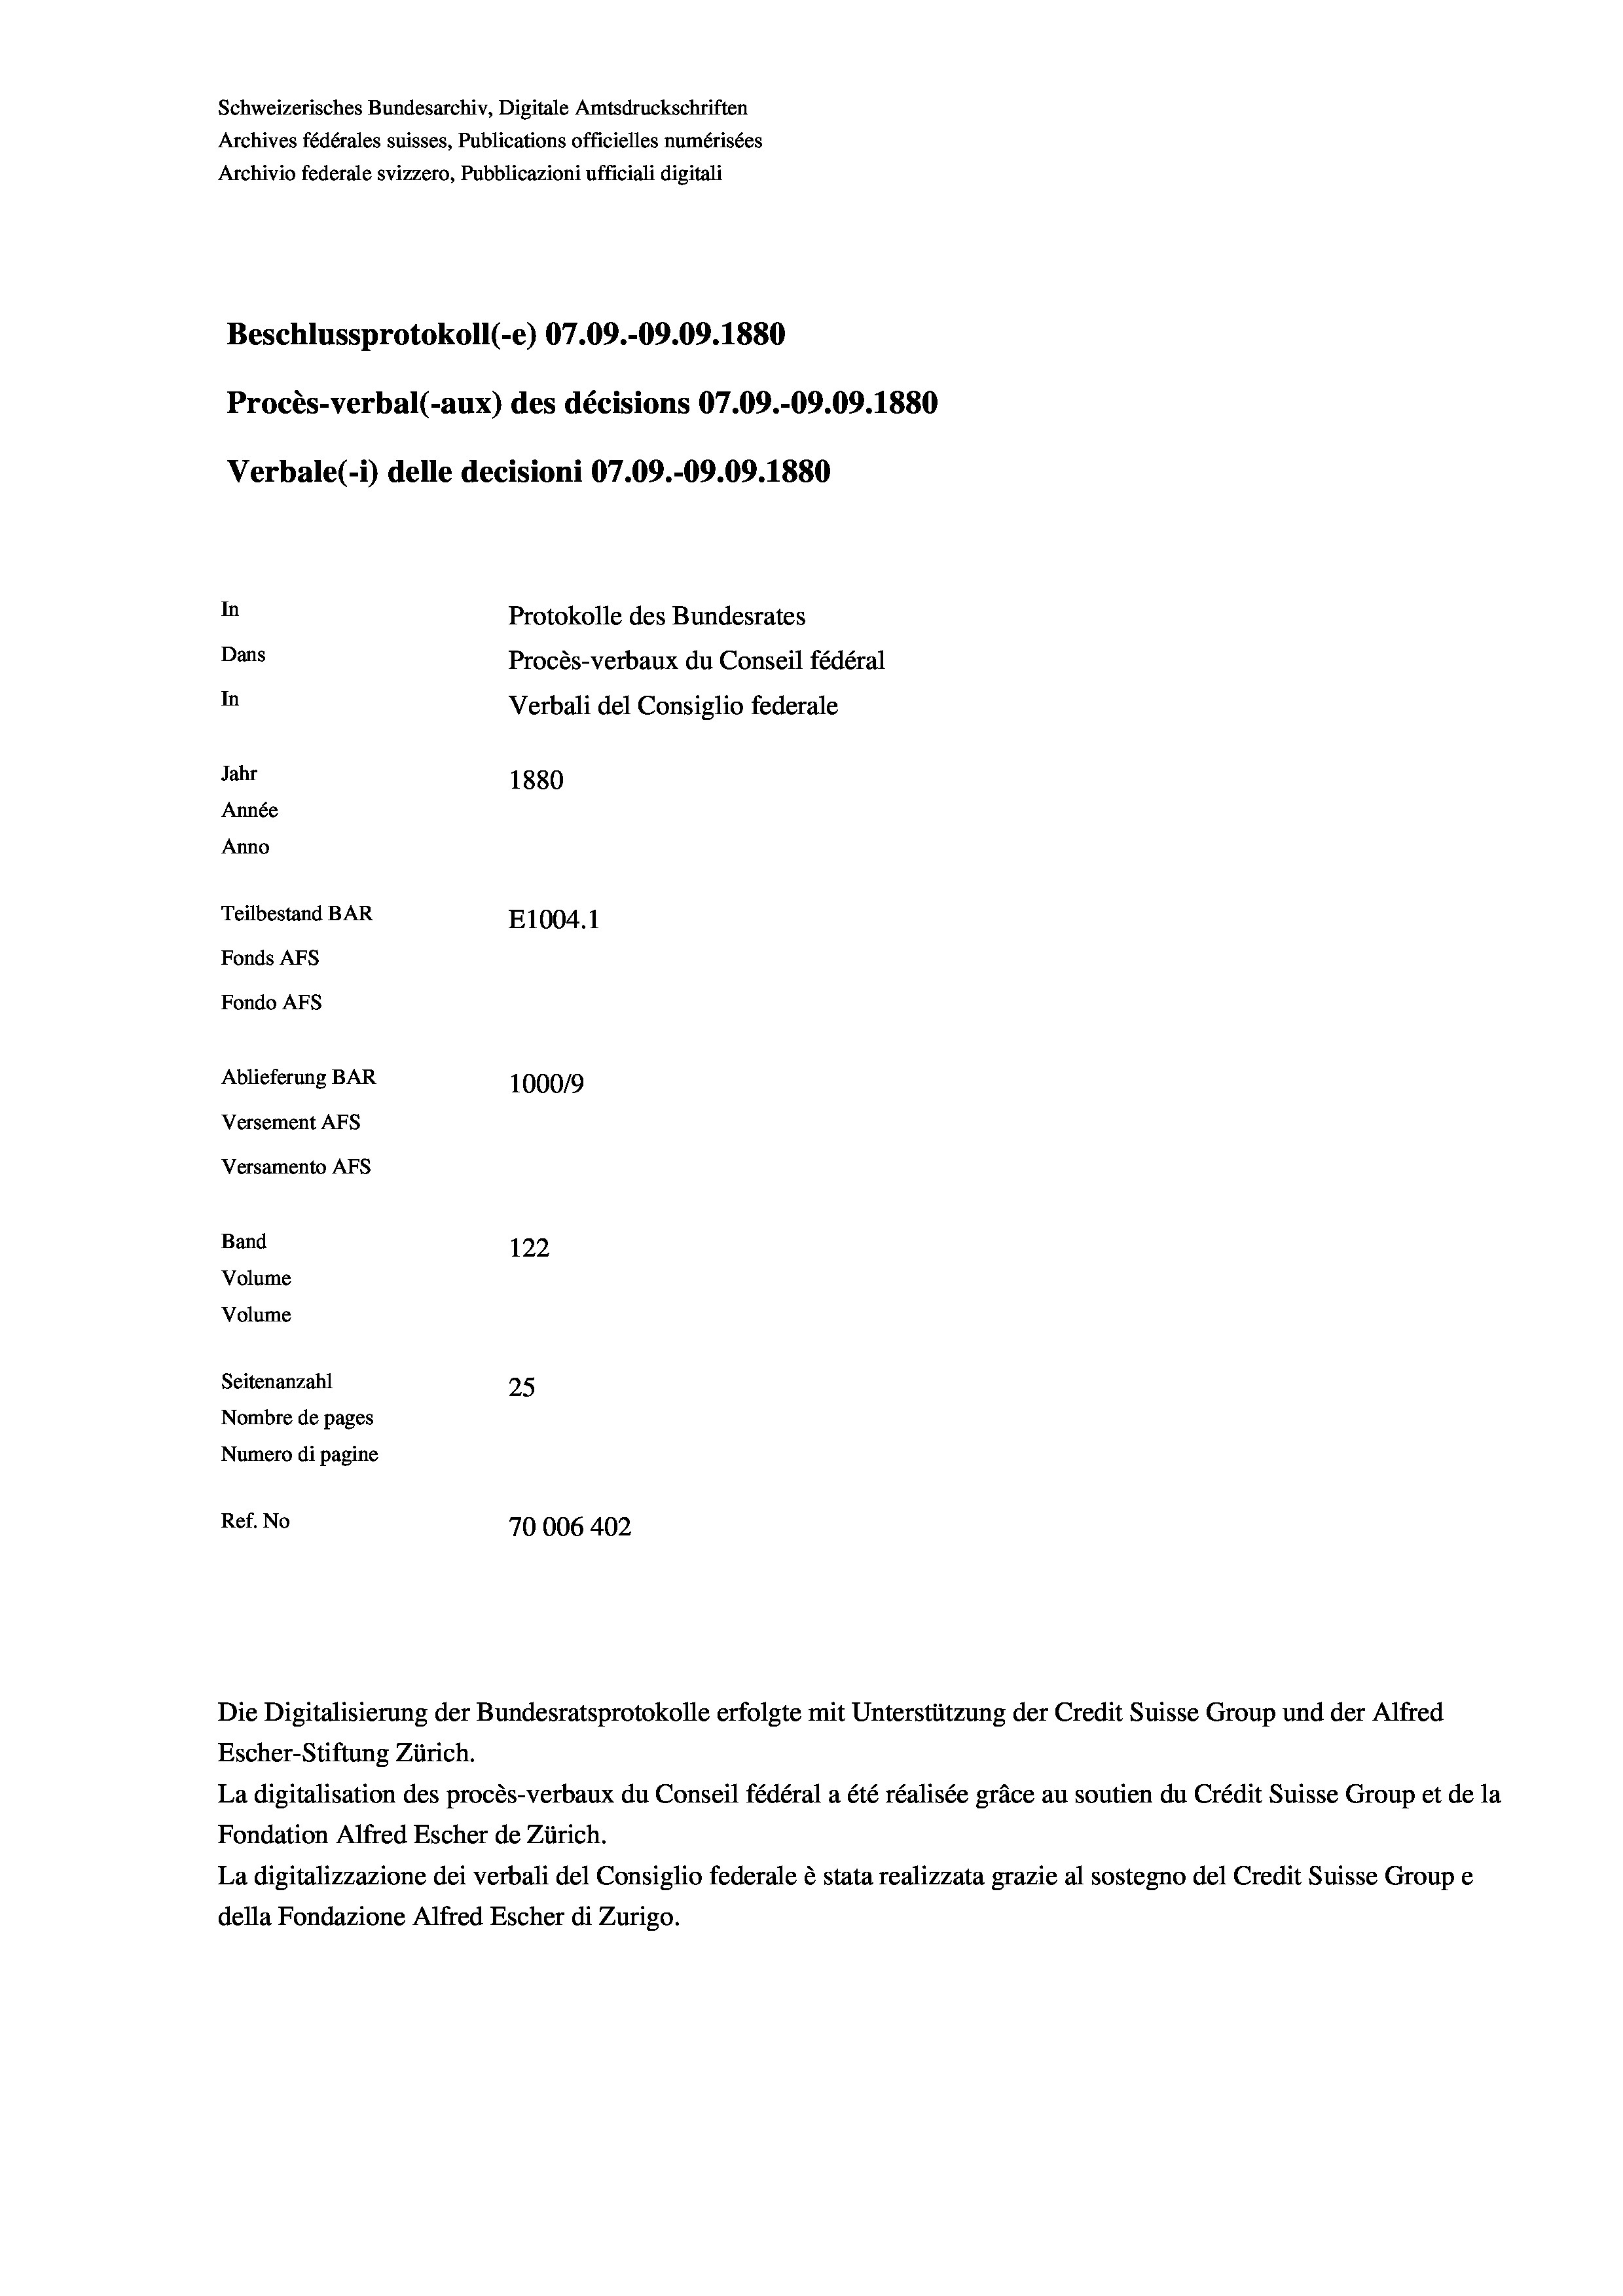
Schweizerisches Bundesarchiv, Digitale Amtsdruckschriften
Archives fédérales suisses, Publications officielles numérisées
Archivio federale svizzero, Pubblicazioni ufficiali digitali
Beschlussprotokoll (-e) 07.09.-09.09.1880
Procès-verbal (-aux) des décisions 07.09.-09.09. 1880
Verbale(*) delle decisioni 07.09.-09.09. 1880
In
Protokolle des Bundesrates
Dans
Procès-verbaux du Conseil fédéral
In
Verbali del Consiglio federale
Jahr
1880
Année
Anno
Teilbestand BAR
E1004.1
Fonds AFs
Fondo AFs
Ablieferung BAR
100019
Versement AFs
Versamento AFS

Band

Volume
Volume

122
Seitenanzahl
25
Nombre de pages
Numero di pagine
Ref. No
70006 402

Die Digitalisierung der Bundesratsprotokolle erfolgte mit Unterstützung der Credit Suisse Group und der Alfred
Escher-Stiftung Zürich.
La digitalisation des procès-verbaux du Conseil fédéral a été réalisée gräce au soutien du Crédit Suisse Group et de la
Fondation Alfred Escher de Zürich.
La digitalizzazione dei verbali del Consiglio federale è stata realizzata grazie al sostegno del Credit Suisse Groupe
della Fondazione Alfred Escher di Zurigo.